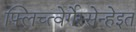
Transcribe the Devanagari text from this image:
फ़्लिच्त्वेर्गेस्सेन्हेइत